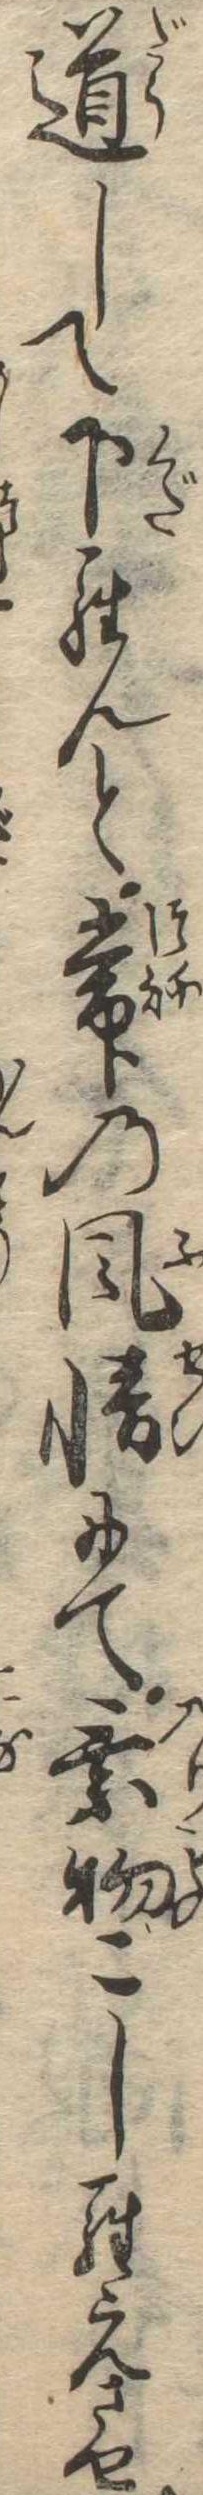
道して下らんと常の風情にて乗物こしらえさせ